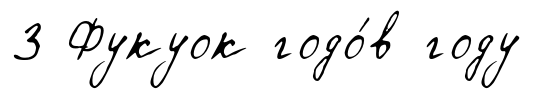
3 Фукуок годо́в году